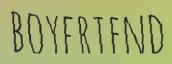
BOYFRIEND